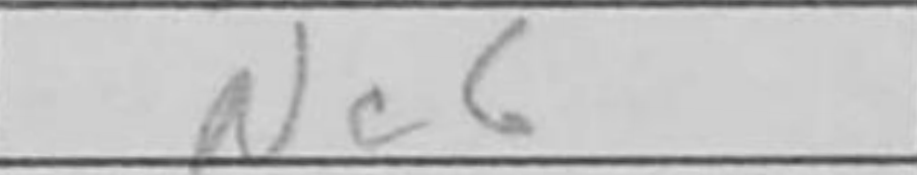
Transcription: Nc6